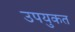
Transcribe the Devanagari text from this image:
उपयुकत